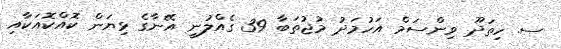
ސ. ހިތަދޫ ވިންސަމް އަހުމަދު މުޖުތަބާ 39 ގެއްލުނީ އޭނާގެ ޅިޔަން ކޮއްކޮއަކާއި